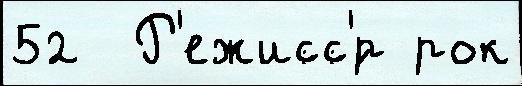
52  Р'ежисс'́р рок